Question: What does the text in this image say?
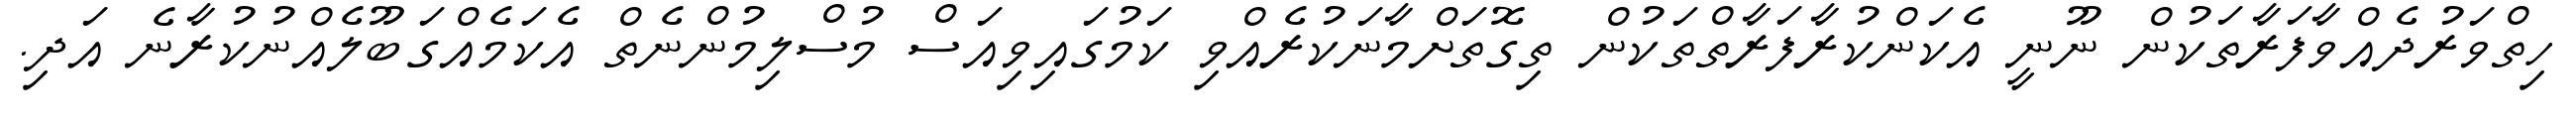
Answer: ހިތްވަރުދެއްވާފަރާތަކުން ނޫނީ އެކަންކުރާފަރާތްތަކުން ތިގޮތަށްމާނަކުރެއްވި ކަމުގައިވިއަސް މުސްލިމުންނެތް އެކަމެއްގަބޫލެއްނުކުރާނެ އަދި.